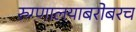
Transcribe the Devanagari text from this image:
रुग्णालयाबरोबरच